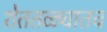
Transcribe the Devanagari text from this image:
शेततळ्यातच